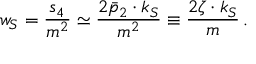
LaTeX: w _ { S } = { \frac { s _ { 4 } } { m ^ { 2 } } } \simeq { \frac { 2 \bar { p } _ { 2 } \cdot k _ { S } } { m ^ { 2 } } } \equiv { \frac { 2 \zeta \cdot k _ { S } } { m } } \, .